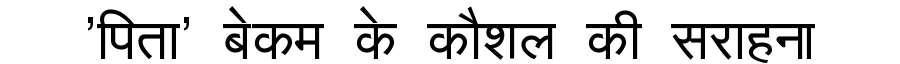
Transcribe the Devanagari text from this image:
'पिता' बेकम के कौशल की सराहना